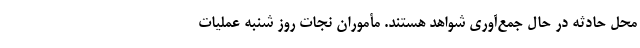
محل حادثه در حال جمع‌آوری شواهد هستند. مأموران نجات روز شنبه عملیات